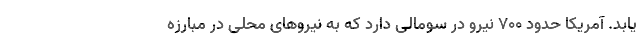
یابد. آمریکا حدود ۷۰۰ نیرو در سومالی دارد که به نیروهای محلی در مبارزه